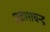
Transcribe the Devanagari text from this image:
प्रकाशचन्द्र